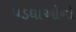
પડઘાઓનો